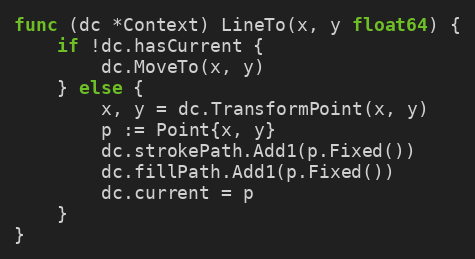
Language: Go
func (dc *Context) LineTo(x, y float64) {
	if !dc.hasCurrent {
		dc.MoveTo(x, y)
	} else {
		x, y = dc.TransformPoint(x, y)
		p := Point{x, y}
		dc.strokePath.Add1(p.Fixed())
		dc.fillPath.Add1(p.Fixed())
		dc.current = p
	}
}